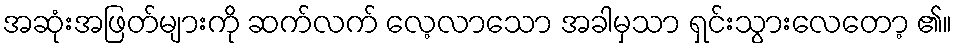
အဆုံးအဖြတ်များကို ဆက်လက် လေ့လာသော အခါမှသာ ရှင်းသွားလေတော့ ၏။